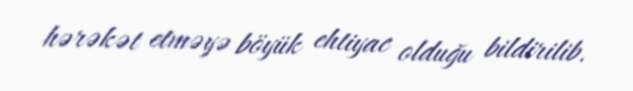
hərəkət etməyə böyük ehtiyac olduğu bildirilib.